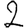
Digit: 2